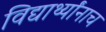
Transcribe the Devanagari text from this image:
विद्यार्थ्यांनाच